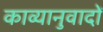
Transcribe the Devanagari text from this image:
काव्यानुवादों